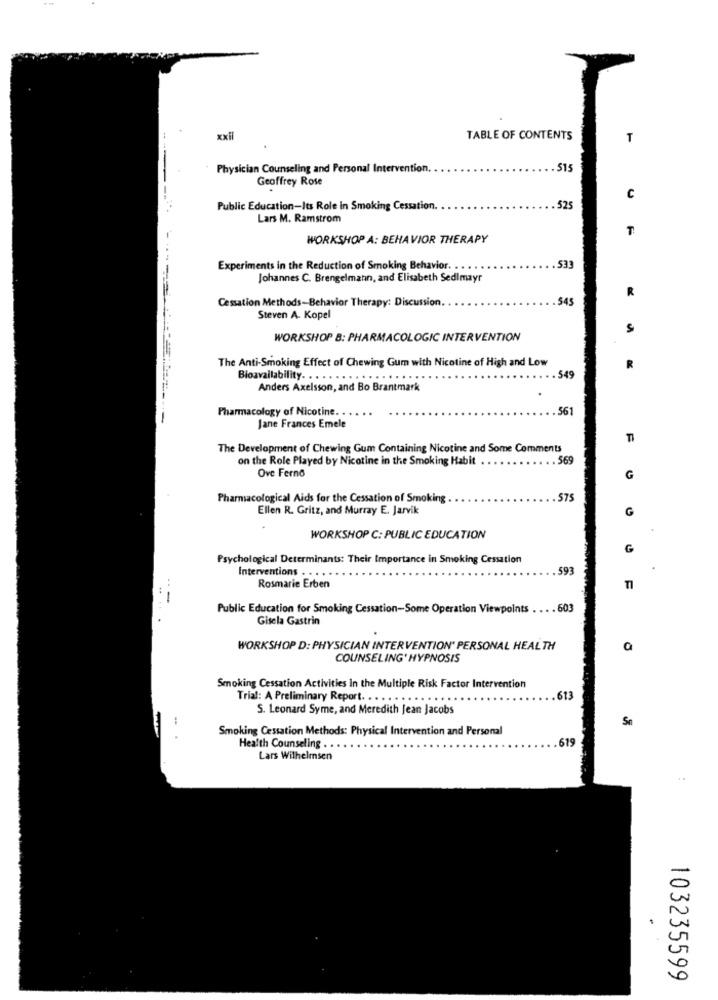
xxil
TABLE OF CONTENTS
T
Physician Counseling and Personal Intervention.
515
Geoffrey Rose
c
Public Education-Its Role In Smoking Cessation.
525
Lars M. Ramstrom
WORKSHOP A: BEHAVIOR THERAPY
Experiments in the Reduction of Smoking Behavior. .
533
Johannes C. Brengelmann, and Elisabeth Sedlmayr
Cessation Methods-Behavior Therapy: Discussion.
545
R
Steven A. Kopel
S
WORKSHOP B: PHARMACOLOGIC INTERVENTION
The Anti-Smoking Effect of Chewing Gum with Nicotine of High and Low
549
R
Bioavailability.
Anders Axelsson, and Bo Brantmark
Pharmacology of Nicotine. .
561
-
Jane Frances Emele
TI
The Development of Chewing Gum Containing Nicotine and Some Comments
on the Role Played by Nicotine in the Smoking Habit
569
Ove Ferno
G
Pharmacological Aids for the Cessation of Smoking
575
Ellen R. Gritz, and Murray E. Jarvik
G
WORKSHOP C: PUBLIC EDUCATION
G
Psychological Determinants: Their Importance in Smoking Cessation
Interventions . .
593
..
Rosmarie Erben
Public Education for Smoking Cessation-Some Operation Viewpoints ... . 603
Gisela Gastrin
WORKSHOP D: PHYSICIAN INTERVENTION" PERSONAL HEALTH
COUNSELING' HYPNOSIS
Smoking Cessation Activities In the Multiple Risk Factor Intervention
Trial: A Preliminary Report. . . .. ...
613
S. Leonard Syme, and Meredith Jean Jacobs
Smoking Cessation Methods: Physical Intervention and Personal
619
Health Counseling . .
Lars Wilhelmsen
103235599